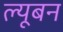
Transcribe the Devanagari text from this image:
ल्यूबन